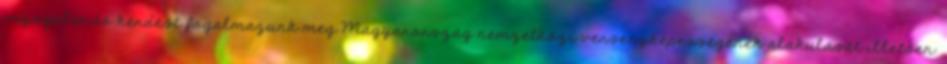
vizsgálandó kérdést fogalmazunk meg Magyarország nemzetközi versenyképességének alakulását illetően.